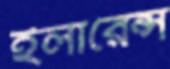
ইলারেন্স